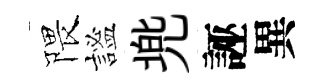
隈謐兠誣異